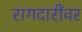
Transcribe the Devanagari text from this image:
रागदारींवर